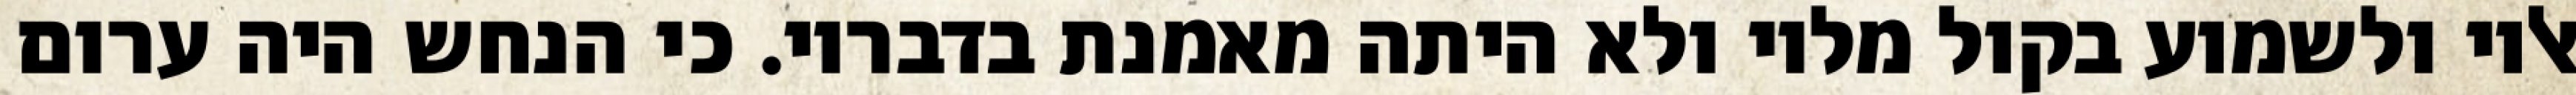
אליו ולשמוע בקול מליו ולא היתה מאמנת בדבריו. כי הנחש היה ערום